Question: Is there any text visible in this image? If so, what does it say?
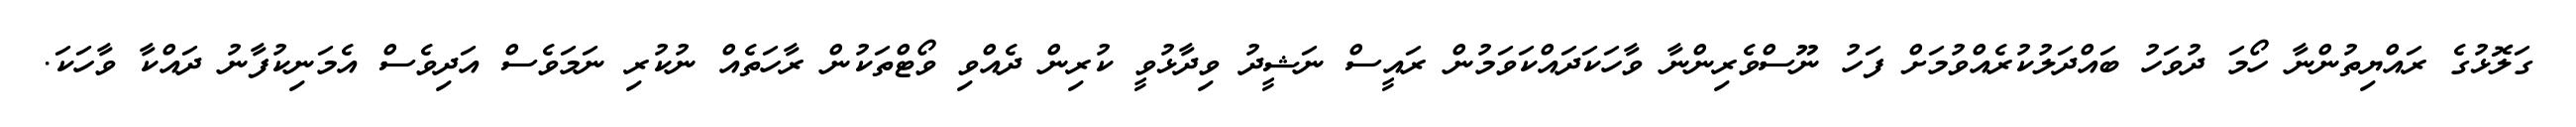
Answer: ގަލޮޅުގެ ރައްޔިތުންނާ ހޯމަ ދުވަހު ބައްދަލުކުރެއްވުމަށް ފަހު ނޫސްވެރިންނާ ވާހަކަދައްކަވަމުން ރައީސް ނަޝީދު ވިދާޅުވީ ކުރިން ދެއްވި ވޯޓްތަކުން ރާހަތެއް ނުކުރި ނަމަވެސް އަދިވެސް އެމަނިކުފާނު ދައްކާ ވާހަކަ.